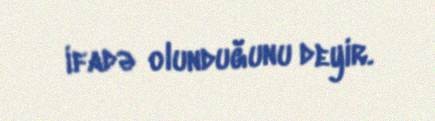
ifadə olunduğunu deyir.